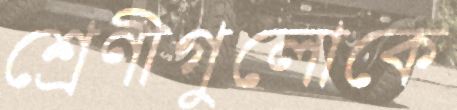
শ্রেণীগুলোকে